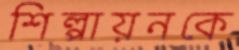
শিল্পায়নকে